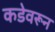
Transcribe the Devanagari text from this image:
कडेवरून